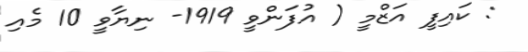
: ކައިފީ އަޒްމީ ( އުފަންވީ 1919- ނިޔާވީ 10 މެއި